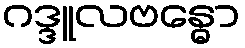
ဂဒ္ဒူလဗန္ဓော